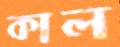
কাল